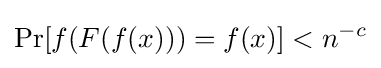
\Pr[f(F(f(x)))=f(x)]<n^{-c}